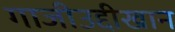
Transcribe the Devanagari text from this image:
गाजीउद्दीखान